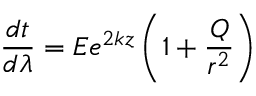
\frac { d t } { d \lambda } = E e ^ { 2 k z } \left( 1 + \frac { Q } { r ^ { 2 } } \right)